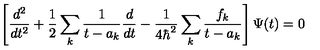
\left[ { \frac { d ^ { 2 } } { d t ^ { 2 } } } + { \frac { 1 } { 2 } } \sum _ { k } { \frac { 1 } { t - a _ { k } } } { \frac { d } { d t } } - { \frac { 1 } { 4 \hbar ^ { 2 } } } \sum _ { k } { \frac { f _ { k } } { t - a _ { k } } } \right] \Psi ( t ) = 0